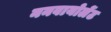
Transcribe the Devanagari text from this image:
ननवायोलेंट